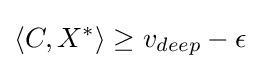
\langle C,X^{*}\rangle \geq v_{deep}-\epsilon